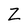
Character: Z